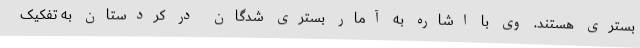
بستری هستند. وی با اشاره به آمار بستری شدگان در کردستان به تفکیک